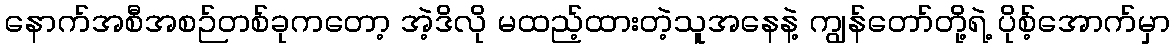
နောက်အစီအစဉ်တစ်ခုကတော့ အဲ့ဒိလို မထည့်ထားတဲ့သူအနေနဲ့ ကျွန်တော်တို့ရဲ့ ပိုစ့်အောက်မှာ